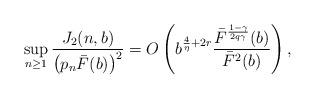
LaTeX: \begin{align*} \sup_{n \geq 1}\frac{J_2(n,b)}{\left(p_n\bar{F}(b)\right)^2} = O\left( b^{\frac{4}{\eta} + 2r} \frac{\bar{F}^{\frac{1-\gamma}{2q\gamma}}(b)}{\bar{F}^2(b)} \right), \end{align*}